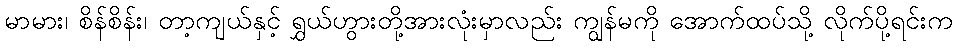
မာမား၊ စိန်စိန်း၊ တာ့ကျယ်နှင့် ရွှယ်ဟွားတို့အားလုံးမှာလည်း ကျွန်မကို အောက်ထပ်သို့ လိုက်ပို့ရင်းက